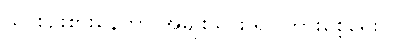
သူ စဉ်းစားနေတာ အမျိုးသား ရင်ကြားစေ့ရေးပဲ။